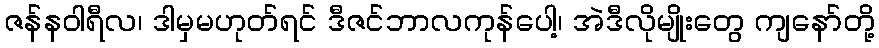
ဇန်နဝါရီလ၊ ဒါမှမဟုတ်ရင် ဒီဇင်ဘာလကုန်ပေါ့၊ အဲဒီလိုမျိုးတွေ ကျနော်တို့